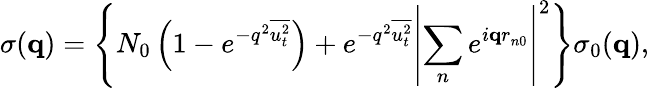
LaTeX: \sigma({\mathbf q})=\left\{ N_{0}\left(1-e^{-q^{2}\overline{{{u_{t}^{2}}}}}\right)+e^{-q^{2}\overline{{{u_{t}^{2}}}}}\left|\sum_{n}e^{i{\mathbf qr}_{n0}}\right|^{2}\right\} \sigma_{0}({\mathbf q}),